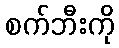
စက်ဘီးကို